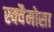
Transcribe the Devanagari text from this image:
स्क्वैमोसा